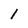
Character: 1